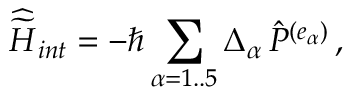
{ \widehat { \widetilde H } } _ { i n t } = - \hbar \sum _ { \alpha = 1 . . 5 } { \Delta _ { \alpha } } \, { \hat { P } } ^ { ( e _ { \alpha } ) } \, ,